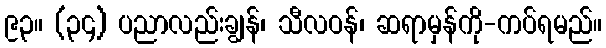
၉၃။ (၃၄) ပညာလည်းချွန်၊ သီလဝန်၊ ဆရာမှန်ကို-ကပ်ရမည်။